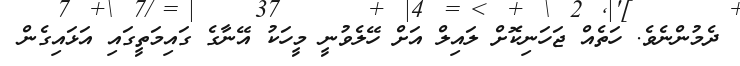
ދެމުންނެވެ. ހަތެއް ޖަހަނިކޮށް ލައިލް އަށް ހޭލެވުނީ މީހަކު އޭނާގެ ގައިމަތީގައި އަޅައިގެން